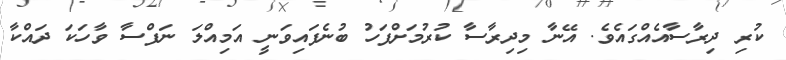
ކުރި ދިރާސާއެއްގައެވެ. އޭނާ މިދިރާސާ ކުރުމަށްފަހު ބުނެފައިވަނީ އަމިއްލަ ނަފްސާ ވާހަކަ ދައްކާ